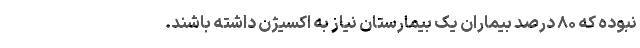
نبوده که ۸۰ درصد بیماران یک بیمارستان نیاز به اکسیژن داشته باشند.